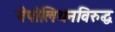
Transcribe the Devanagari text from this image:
नेपोलियनविरुद्ध